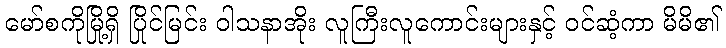
မော်စကိုမြို့ရှိ ပြိုင်မြင်း ဝါသနာအိုး လူကြီးလူကောင်းများနှင့် ဝင်ဆံ့ကာ မိမိ၏